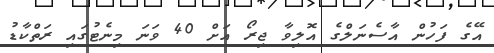
އޭގެ ފަހުން އާސެނަލްގެ އޮލިވާ ޖިރޯ އަށް 40 ވަނަ މިނެޓުގައި ރަތްކާޑު